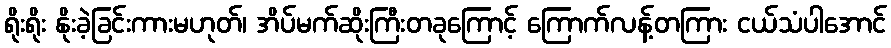
ရိုးရိုး နိုးခဲ့ခြင်းကားမဟုတ်၊ အိပ်မက်ဆိုးကြီးတခုကြောင့် ကြောက်လန့်တကြား ငယ်သံပါအောင်